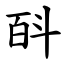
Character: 㪶